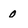
Character: 0